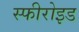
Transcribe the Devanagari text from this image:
स्फीरोइड